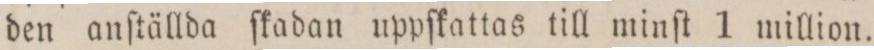
den anſtällda ſkadan uppſkattas till minſt 1 million.